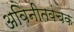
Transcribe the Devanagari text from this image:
अविनीतवंचक